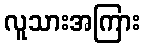
လူသားအကြား